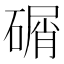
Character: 碿